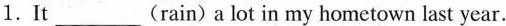
1.It ___(rain) a lot in my hometown last year.